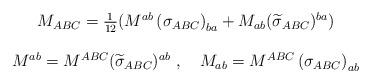
LaTeX: \begin{align*}\begin{array}{c}M_{ABC}=\frac 1{12}(M^{ab}\left( \sigma _{ABC}\right) _{ba}+M_{ab}(\widetilde{\sigma }_{ABC})^{ba}) \\ \\M^{ab}=M^{ABC}(\widetilde{\sigma }_{ABC})^{ab}\ ,\quad M_{ab}=M^{ABC}\left(\sigma _{ABC}\right) _{ab}\end{array}\end{align*}